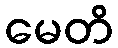
မေတိ